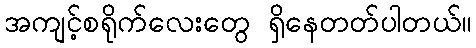
အကျင့်စရိုက်လေးတွေ ရှိနေတတ်ပါတယ်။